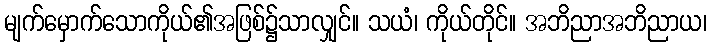
မျက်မှောက်သောကိုယ်၏အဖြစ်၌သာလျှင်။ သယံ၊ ကိုယ်တိုင်။ အဘိညာအဘိညာယ၊